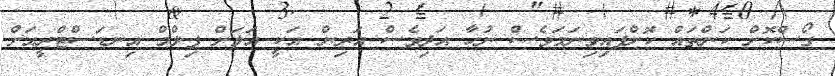
ގޯސްކޮށް ކަންތައް ކޮށްފައިވިނަމަވެސް ނުހާ އަދިވެސް އަރިން އަކީ އަލަށް ފިލްމް އިނޑަސްޓްރީއަށް